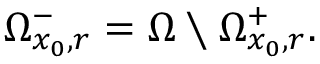
\Omega _ { x _ { 0 } , r } ^ { - } = \Omega \setminus \Omega _ { x _ { 0 } , r } ^ { + } .